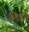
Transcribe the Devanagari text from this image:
भिडी़